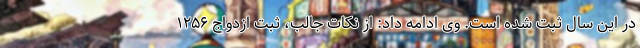
در این سال ثبت شده است. وی ادامه داد: از نکات جالب، ثبت ازدواج ۱۲۵۶